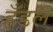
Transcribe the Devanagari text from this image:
हँडल